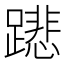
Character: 𨅥